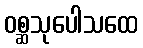
ဝစ္ဆသုပေါသထေ